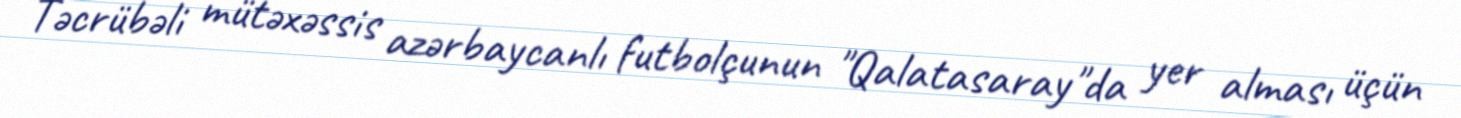
Təcrübəli mütəxəssis azərbaycanlı futbolçunun "Qalatasaray"da yer alması üçün